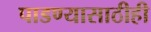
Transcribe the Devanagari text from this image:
पाडण्यासाठीही